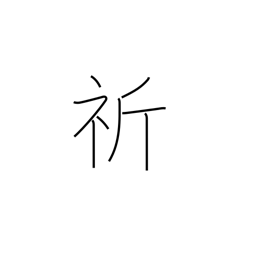
Meaning: wish